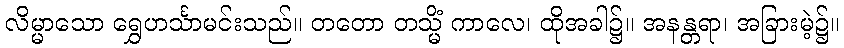
လိမ္မာသော ရွှေဟင်္သာမင်းသည်။ တတော တသ္မိံ ကာလေ၊ ထိုအခါ၌။ အနန္တရာ၊ အခြားမဲ့၌။